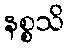
နစ္စသိ